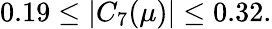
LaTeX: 0.19\leq\vert C_{7}(\mu)\vert\leq 0.32.